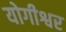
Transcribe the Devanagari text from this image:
योगीश्वर